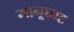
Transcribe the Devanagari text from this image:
मानूघाट